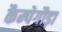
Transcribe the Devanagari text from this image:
कैम्पेगौड़ा